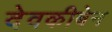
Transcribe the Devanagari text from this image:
देवकीबेन